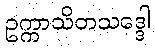
ဥက္ကာသိတသဒ္ဒေါ